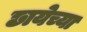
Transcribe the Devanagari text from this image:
छायेच्या